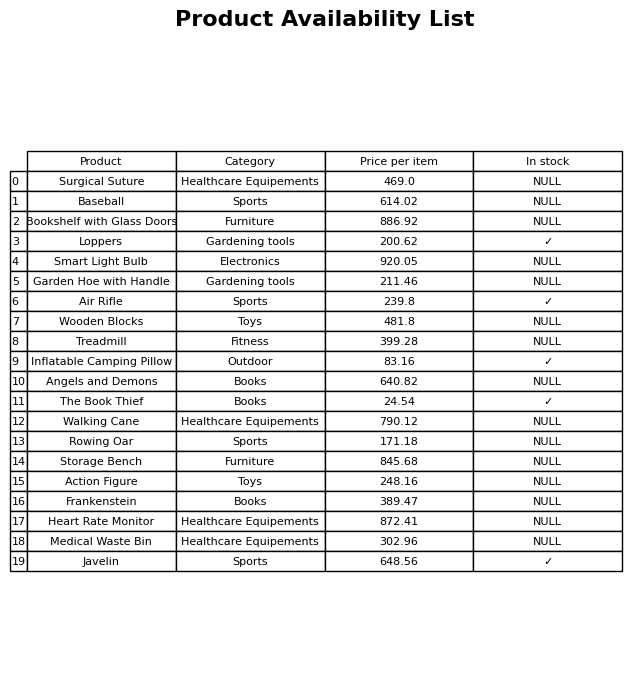
question: What is the stock status of the Frankenstein?
answer: NULL